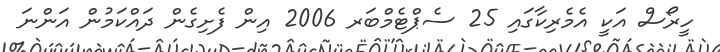
ހީރޯސް އަކީ އެމެރިކާގައި 25 ސެޕްޓެމްބަރ 2006 އިން ފެށިގެން ދައްކަމުން އަންނަ